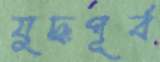
যুদ্ধপূর্ব